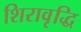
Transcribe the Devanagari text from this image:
शिरावृद्धि